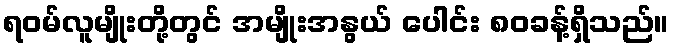
ရဝမ်လူမျိုးတို့တွင် အမျိုးအနွယ် ပေါင်း ၈၀ခန့်ရှိသည်။